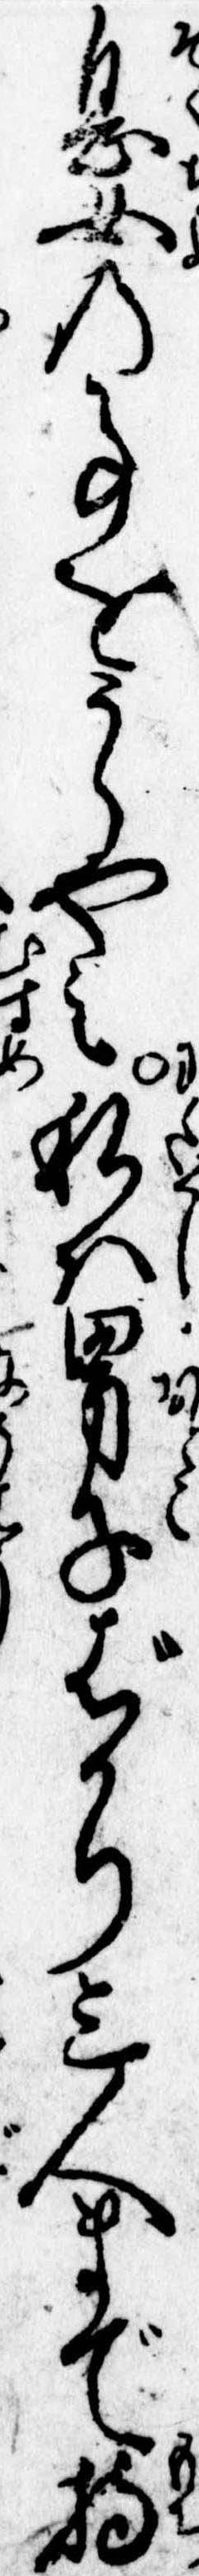
息女の事をうらやみ私は男子ばかり三人まで持